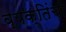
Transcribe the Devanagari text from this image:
व्यक्तिंची